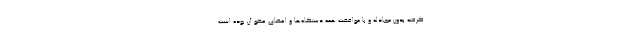
گرفته بدون مجادله و با موافقت همه دستگاه‌ها و اعضای عضو آن بوده است.